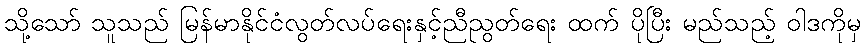
သို့သော် သူသည် မြန်မာနိုင်ငံလွတ်လပ်ရေးနှင့်ညီညွတ်ရေး ထက် ပိုပြီး မည်သည့် ဝါဒကိုမှ